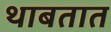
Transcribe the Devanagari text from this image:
थाबतात